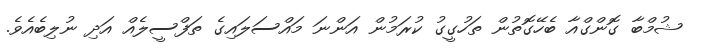
ޝުމްބާ ގޮންގްއާ ބެހޭގޮތުން ތަހުގީގު ކުރަމުން އަންނަ މައްސަލައިގެ ތަފްސީލެއް އަދި ނުލިބެއެވެ.